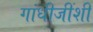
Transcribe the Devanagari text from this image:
गांधीजींशी